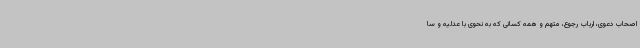
اصحاب دعوی، ارباب رجوع، متهم و همه کسانی که به نحوی با عدلیه و سا